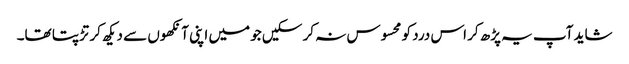
شاید آپ یہ پڑھ کر اس درد کو محسوس نہ کر سکیں جو میں اپنی آنکھوں سے دیکھ کر تڑپتا تھا۔